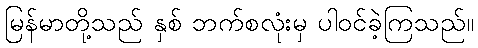
မြန်မာတို့သည် နှစ် ဘက်စလုံးမှ ပါဝင်ခဲ့ကြသည်။